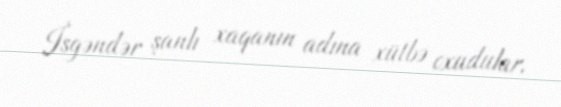
İsgəndər şanlı xaqanın adına xütbə oxudular.